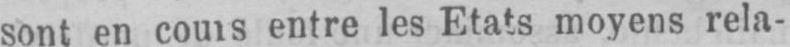
entre les Etats moyens rela-